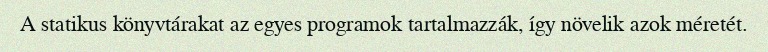
A statikus könyvtárakat az egyes programok tartalmazzák, így növelik azok méretét.